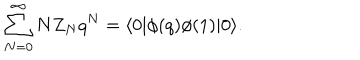
LaTeX: \sum _ { N = 0 } ^ { \infty } N Z _ { N } q ^ { N } = \langle 0 | \phi ( q ) \phi ( 1 ) | 0 \rangle .